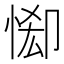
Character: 𢛠